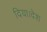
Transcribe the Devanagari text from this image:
दिया।देश